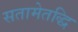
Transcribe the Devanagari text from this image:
सतामेतद्धि